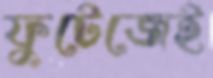
ফুটেজেই